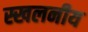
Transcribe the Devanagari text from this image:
स्खलनीय